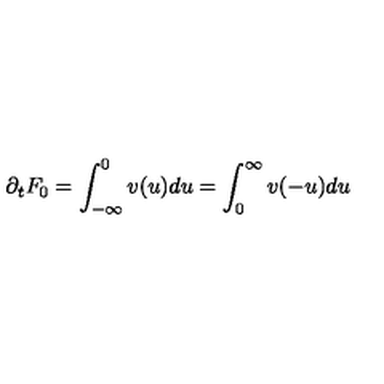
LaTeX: \partial _ { t } F _ { 0 } = \int _ { - \infty } ^ { 0 } v ( u ) d u = \int _ { 0 } ^ { \infty } v ( - u ) d u